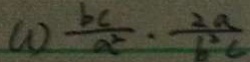
( 1 ) \frac { b c } { a ^ { 2 } } \cdot \frac { 2 a } { b ^ { 2 } 6 }